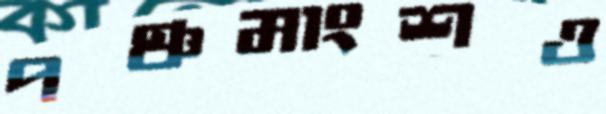
পঞ্চমাংশও